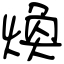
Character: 煥